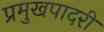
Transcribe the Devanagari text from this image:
प्रमुखपादरी